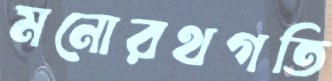
মনোরথগতি